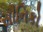
સૌનિકો